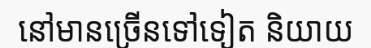
នៅមានច្រើនទៅទៀត និយាយ